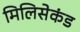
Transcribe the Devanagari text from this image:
मिलिसेकंड